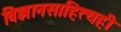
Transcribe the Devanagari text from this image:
विज्ञानसाहित्यही